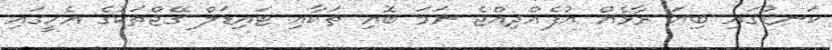
ކަނޑުގައި ބިޔަ ރާޅެއް އުފެއްދިއްޖެ ނަމަ ބޮއި ތަކާއި ޓައިޑަލް ގޭޖްތަކުގެ އެހީގައި